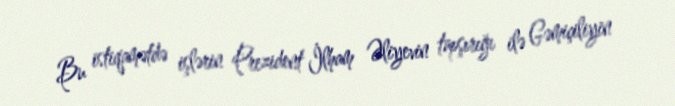
Bu istiqamətdə işlərin Prezident İlham Əliyevin tapşırığı ilə Gəmiçiliyin